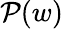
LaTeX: \mathcal{P}(w)